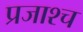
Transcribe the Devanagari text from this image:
प्रजाश्‍च